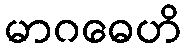
မာဂဓေဟိ